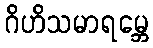
ဂိဟိသမာရမ္ဘေ